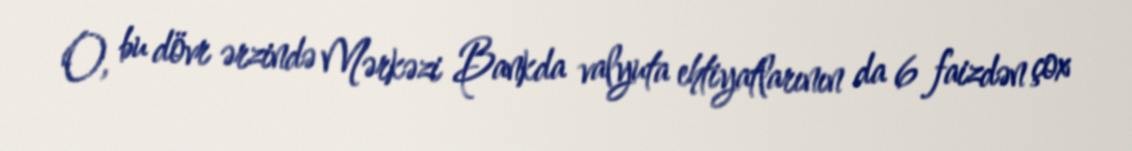
O, bu dövr ərzində Mərkəzi Bankda valyuta ehtiyatlarının da 6 faizdən çox